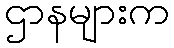
ဌာနများက